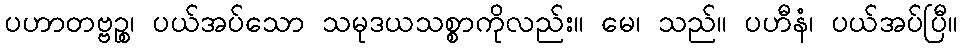
ပဟာတဗ္ဗဉ္စ၊ ပယ်အပ်သော သမုဒယသစ္စာကိုလည်း။ မေ၊ သည်။ ပဟီနံ၊ ပယ်အပ်ပြီ။